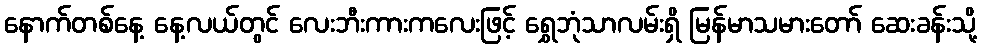
နောက်တစ်နေ့ နေ့လယ်တွင် လေးဘီးကားကလေးဖြင့် ရွှေဘုံသာလမ်းရှိ မြန်မာသမားတော် ဆေးခန်းသို့